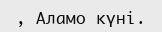
, Аламо күні.